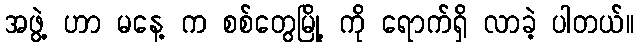
အဖွဲ့ ဟာ မနေ့ က စစ်တွေမြို့ ကို ရောက်ရှိ လာခဲ့ ပါတယ်။